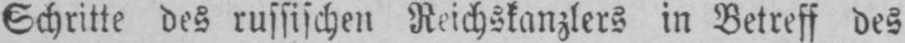
Schritte des russischen Reichskanzlers in Betreff des